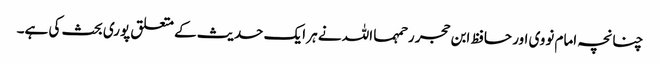
چنانچہ امام نووی اور حافظ ابن حجر رحمہما اللہ نے ہر ایک حدیث کے متعلق پوری بحث کی ہے۔